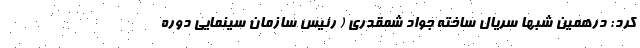
کرد: درهمین شبها سريال ساخته جواد شمقدري ( رئيس سازمان سينمايي دوره